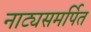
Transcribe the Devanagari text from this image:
नाट्यसमर्पित